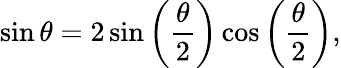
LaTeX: \sin\theta=2\sin\left({\frac{\theta}{2}}\right)\cos\left({\frac{\theta}{2}}\right),